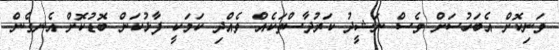
ވަނިކޮށް އެބަހުސަށް ވެސް ނަޝީދު ކަރުދާސްތަކެއް ވެއްދި ކަމަކީ ފާޅުކަން ބޮޑުކޮށް އެނގެން